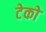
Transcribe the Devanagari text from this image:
टेको